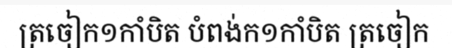
ត្រចៀក១កាំបិត បំពង់ក១កាំបិត ត្រចៀក